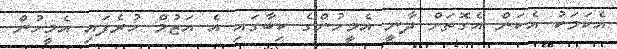
އެކަމަކު އެކަން އެގޮތަށް ދާނީ އެމީހުންގެ ކިބާގައި އެ އަޒުމް ހުރެފައި އެމީހުން